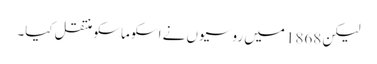
لیکن 1868 میں روسیوں نے اسکو ماسکو منتقل کیا۔